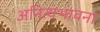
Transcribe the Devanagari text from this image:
अनित्यभावना